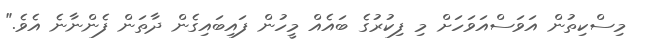
މިސްކިތުން އަވަސްއަވަހަށް މި ފިކުރުގެ ބައެއް މީހުން ފައިބައިގެން ދާތަން ފެންނާނެ އެވެ."